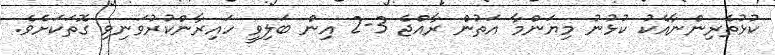
ކުޅުތެރިންނާއެކު ކުޅުނު މިޔަންމާ އަތުން ރާއްޖެ 3-2 އިން ބަލިވީ ހައިރާންކުރުވަނިވި ގޮތަކަށެވެ.